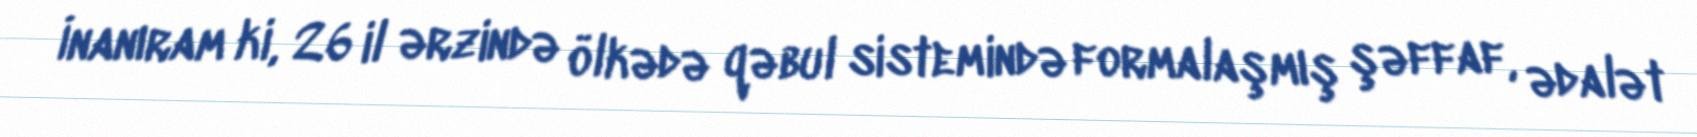
İnanıram ki, 26 il ərzində ölkədə qəbul sistemində formalaşmış şəffaf, ədalət